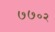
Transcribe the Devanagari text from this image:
७७०२